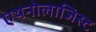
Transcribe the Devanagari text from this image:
एथनोलाजिस्ट